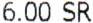
6.00 SR